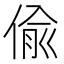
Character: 偸